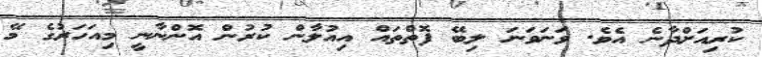
ކުރިއަށްދާނެ އެވެ. ވަނަވަނަ ލިބޭ ފޮތްތައް އިއުލާން ކުރުން އޮންނާނީ މިއަހަރުގެ މޭ